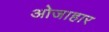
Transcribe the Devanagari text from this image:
ओजाहार